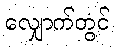
လျှောက်တွင်